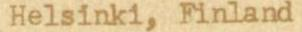
Helsinki, Finland